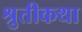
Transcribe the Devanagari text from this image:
श्रुतीकथा